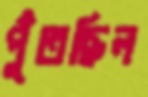
পুঁতছিল